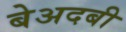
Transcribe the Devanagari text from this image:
बेअदबी